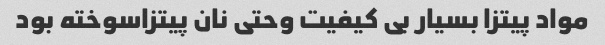
مواد پیتزا بسیار بی کیفیت وحتی نان پیتزاسوخته بود